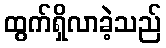
ထွက်ရှိလာခဲ့သည်